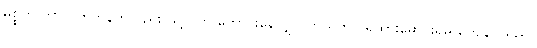
မစ္စက် တာလက်တန်ကလည်း သူ့လက် ကောင်းနေလျှင် ကိုယ်တိုင် ရထားမောင်းရမှ ကျေနပ်သည်။